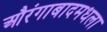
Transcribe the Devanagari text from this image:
औरंगाबादमधला